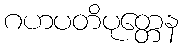
ဂဟပတိပုတ္တေန